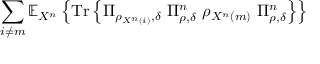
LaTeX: \sum _ { i \neq m } \mathbb { E } _ { X ^ { n } } \left\{ { \mathrm { T r } } \left\{ \Pi _ { \rho _ { X ^ { n } \left( i \right) } , \delta } \ \Pi _ { \rho , \delta } ^ { n } \ \rho _ { X ^ { n } \left( m \right) } \ \Pi _ { \rho , \delta } ^ { n } \right\} \right\}